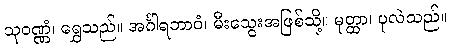
သုဝဏ္ဏံ၊ ရွှေသည်။ အင်္ဂါရဘာဝံ၊ မီးသွေးအဖြစ်သို့။ မုတ္ထာ၊ ပုလဲသည်။